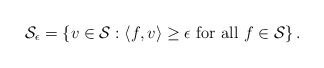
\begin{align*}\mathcal{S}_{\epsilon}= \left\{ v \in \mathcal{S}: \langle f, v \rangle \geq \epsilon \ \mbox{for all $f \in \mathcal{S}$} \right\}. \end{align*}